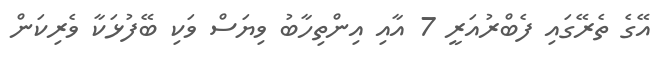
އޭގެ ތެރޭގައި ފެބްރުއަރީ 7 އާއި އިންތިހާބު ވިޔަސް ވަކި ބޭފުޅަކާ ވެރިކަން